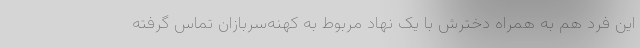
این فرد هم به همراه دخترش با یک نهاد مربوط به کهنه‌سربازان تماس گرفته